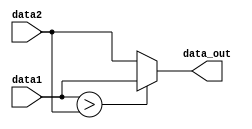
module cmp #(
    parameter DW=8
) (
    input  [DW-1 : 0] data1,
    input  [DW-1 : 0] data2,
    output [DW-1 : 0] data_out
);
    
assign data_out = (data1>data2)? data1 : data2;

endmodule